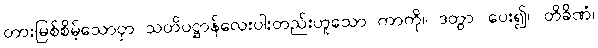
တားမြစ်စိမ့်သောငှာ သတိပဋ္ဌာန်လေးပါးတည်းဟူသော ကာကို။ ဒတွာ၊ ပေး၍။ တိခိဏံ၊